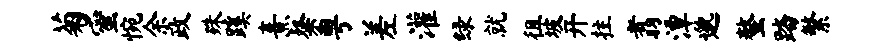
菊蜜惋余政殊蹊熹粲粤差灌绿就徂坡开拄翥潭邈螯踏繁